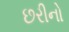
છરીનો